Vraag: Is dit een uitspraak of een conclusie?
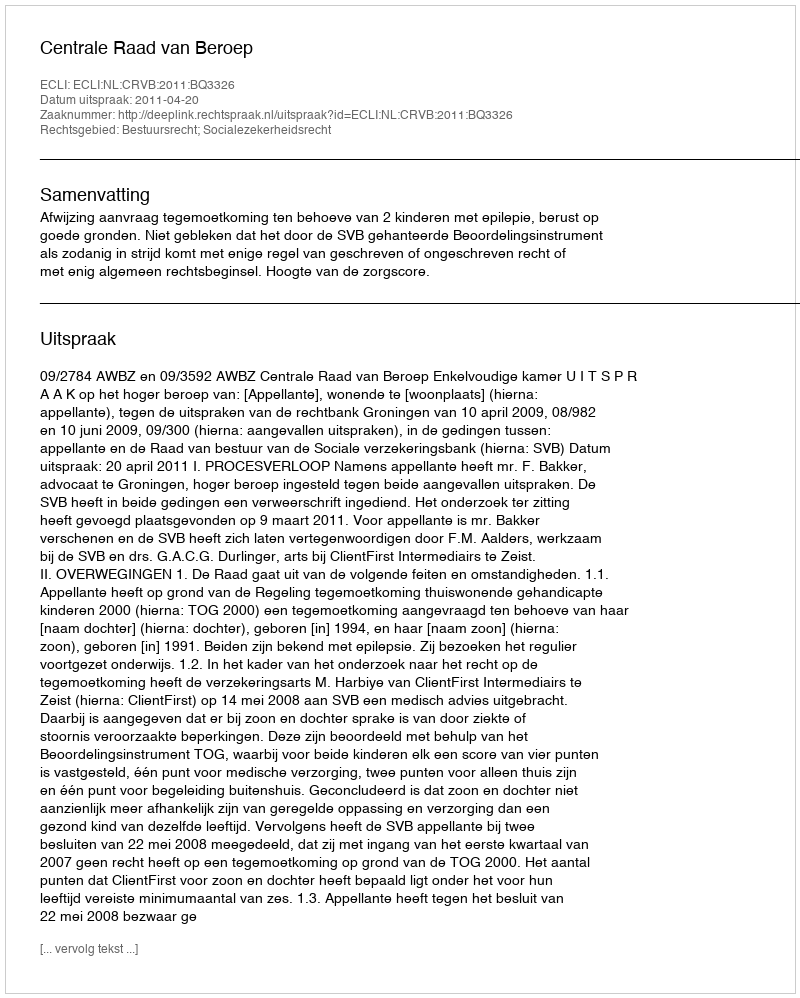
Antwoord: Uitspraak